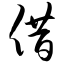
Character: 借